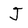
Character: J